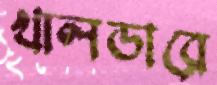
খালডারে